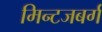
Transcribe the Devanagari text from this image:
मिन्टजबर्ग